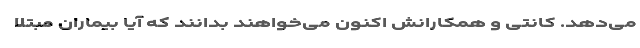
می‌دهد. کانتی و همکارانش اکنون می‌خواهند بدانند که آیا بیماران مبتلا